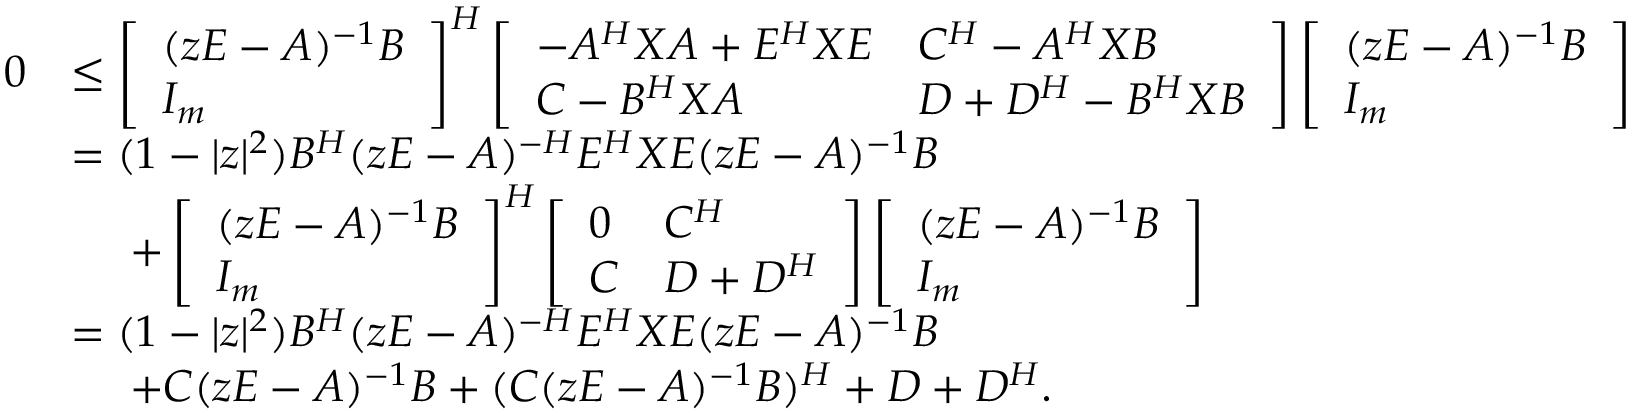
\begin{array} { r l } { 0 } & { \leq \left[ \begin{array} { l } { ( z E - A ) ^ { - 1 } B } \\ { I _ { m } } \end{array} \right] ^ { H } \left[ \begin{array} { l l } { - A ^ { H } X A + E ^ { H } X E } & { C ^ { H } - A ^ { H } X B } \\ { C - B ^ { H } X A } & { D + D ^ { H } - B ^ { H } X B } \end{array} \right] \left[ \begin{array} { l } { ( z E - A ) ^ { - 1 } B } \\ { I _ { m } } \end{array} \right] } \\ & { = ( 1 - \vert z \vert ^ { 2 } ) B ^ { H } ( z E - A ) ^ { - H } E ^ { H } X E ( z E - A ) ^ { - 1 } B } \\ & { ~ ~ ~ ~ + \left[ \begin{array} { l } { ( z E - A ) ^ { - 1 } B } \\ { I _ { m } } \end{array} \right] ^ { H } \left[ \begin{array} { l l } { 0 } & { C ^ { H } } \\ { C } & { D + D ^ { H } } \end{array} \right] \left[ \begin{array} { l } { ( z E - A ) ^ { - 1 } B } \\ { I _ { m } } \end{array} \right] } \\ & { = ( 1 - \vert z \vert ^ { 2 } ) B ^ { H } ( z E - A ) ^ { - H } E ^ { H } X E ( z E - A ) ^ { - 1 } B } \\ & { ~ ~ ~ ~ + C ( z E - A ) ^ { - 1 } B + ( C ( z E - A ) ^ { - 1 } B ) ^ { H } + D + D ^ { H } . } \end{array}